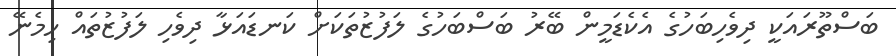
ބަސްތޫރައަކީ ދިވެހިބަހުގެ އެކެޑަމީން ބޭރު ބަސްބަހުގެ ލަފުޒުތަކަށް ކަނޑައަޅާ ދިވެހި ލަފުޒުތައް ހިމެނޭ